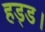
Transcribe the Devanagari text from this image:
हड्ड।